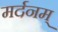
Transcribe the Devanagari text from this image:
मर्दनम्